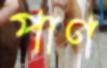
পাণ